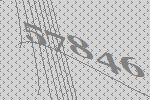
57846